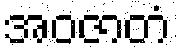
အဝဇာတံ